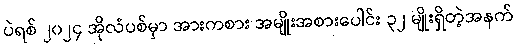
ပဲရစ် ၂၀၂၄ အိုလံပစ်မှာ အားကစား အမျိုးအစားပေါင်း ၃၂ မျိုးရှိတဲ့အနက်